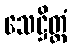
သေဋ္ဌိတ္တံ